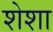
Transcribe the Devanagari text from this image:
शेशा